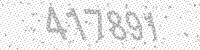
Solution: 417891